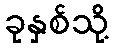
ခုနှစ်သို့